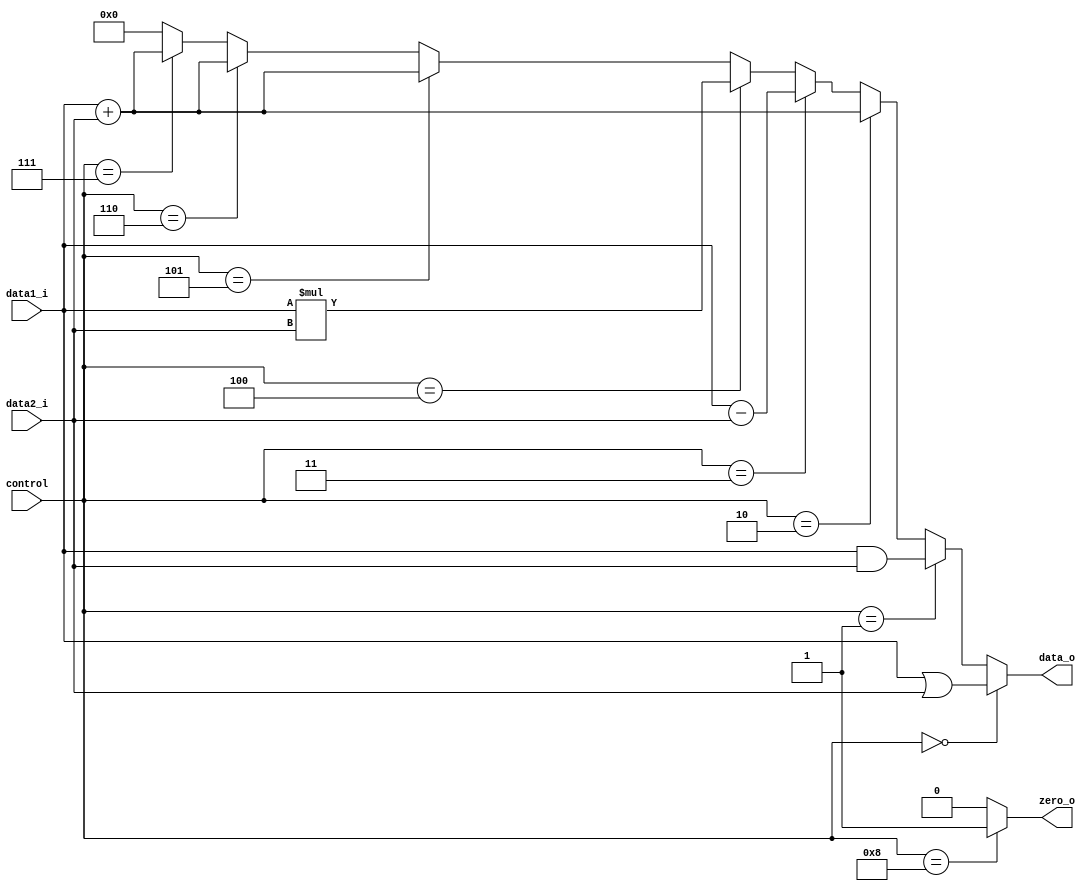
module ALU
(
	data1_i,
	data2_i,
	control,
	data_o,
	zero_o
);

input	[31:0]		data1_i;
input	[31:0]		data2_i;
input	[3:0]		control;
output	[31:0]		data_o;
output				zero_o;

wire	[31:0]		cal_or;
wire	[31:0]		cal_and;
wire	[31:0]		cal_add;
wire	[31:0]		cal_sub;
wire	[31:0]		cal_mul;

assign	cal_or		= data1_i | data2_i;
assign	cal_and		= data1_i & data2_i;
assign	cal_add		= data1_i + data2_i;
assign	cal_sub		= data1_i - data2_i;
assign	cal_mul		= data1_i * data2_i;

assign	data_o		= (control == 4'b0000) ? cal_or:		// or
					  (control == 4'b0001) ? cal_and:		// and
					  (control == 4'b0010) ? cal_add:		// add
					  (control == 4'b0011) ? cal_sub:		// sub
					  (control == 4'b0100) ? cal_mul:		// mul
					  (control == 4'b0101) ? cal_add:		// addi
					  (control == 4'b0110) ? cal_add:		// ld
					  (control == 4'b0111) ? cal_add:		// sd
					  {32{1'b0}};							// others

assign zero_o		= (control == 4'b1000) ? 1:				// beq
					  0;									// others

endmodule